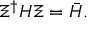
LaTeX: \Xi ^ { \dagger } H \Xi = { \bar { H } } .